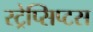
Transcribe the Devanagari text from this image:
स्ट्रेप्सिप्टस